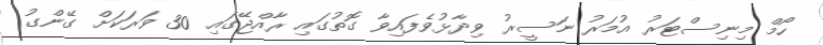
ހޯމް މިނިސްޓަރު އުމަރު ނަސީރު ވިދާޅުވެފައިވާ ގޮތުގައި ރާއްޖޭގައި 30 ވަރަކަށް ގޭންގު